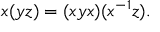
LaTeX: x ( y z ) = ( x y x ) ( x ^ { - 1 } z ) .